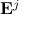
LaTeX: \mathbf { E } ^ { j }